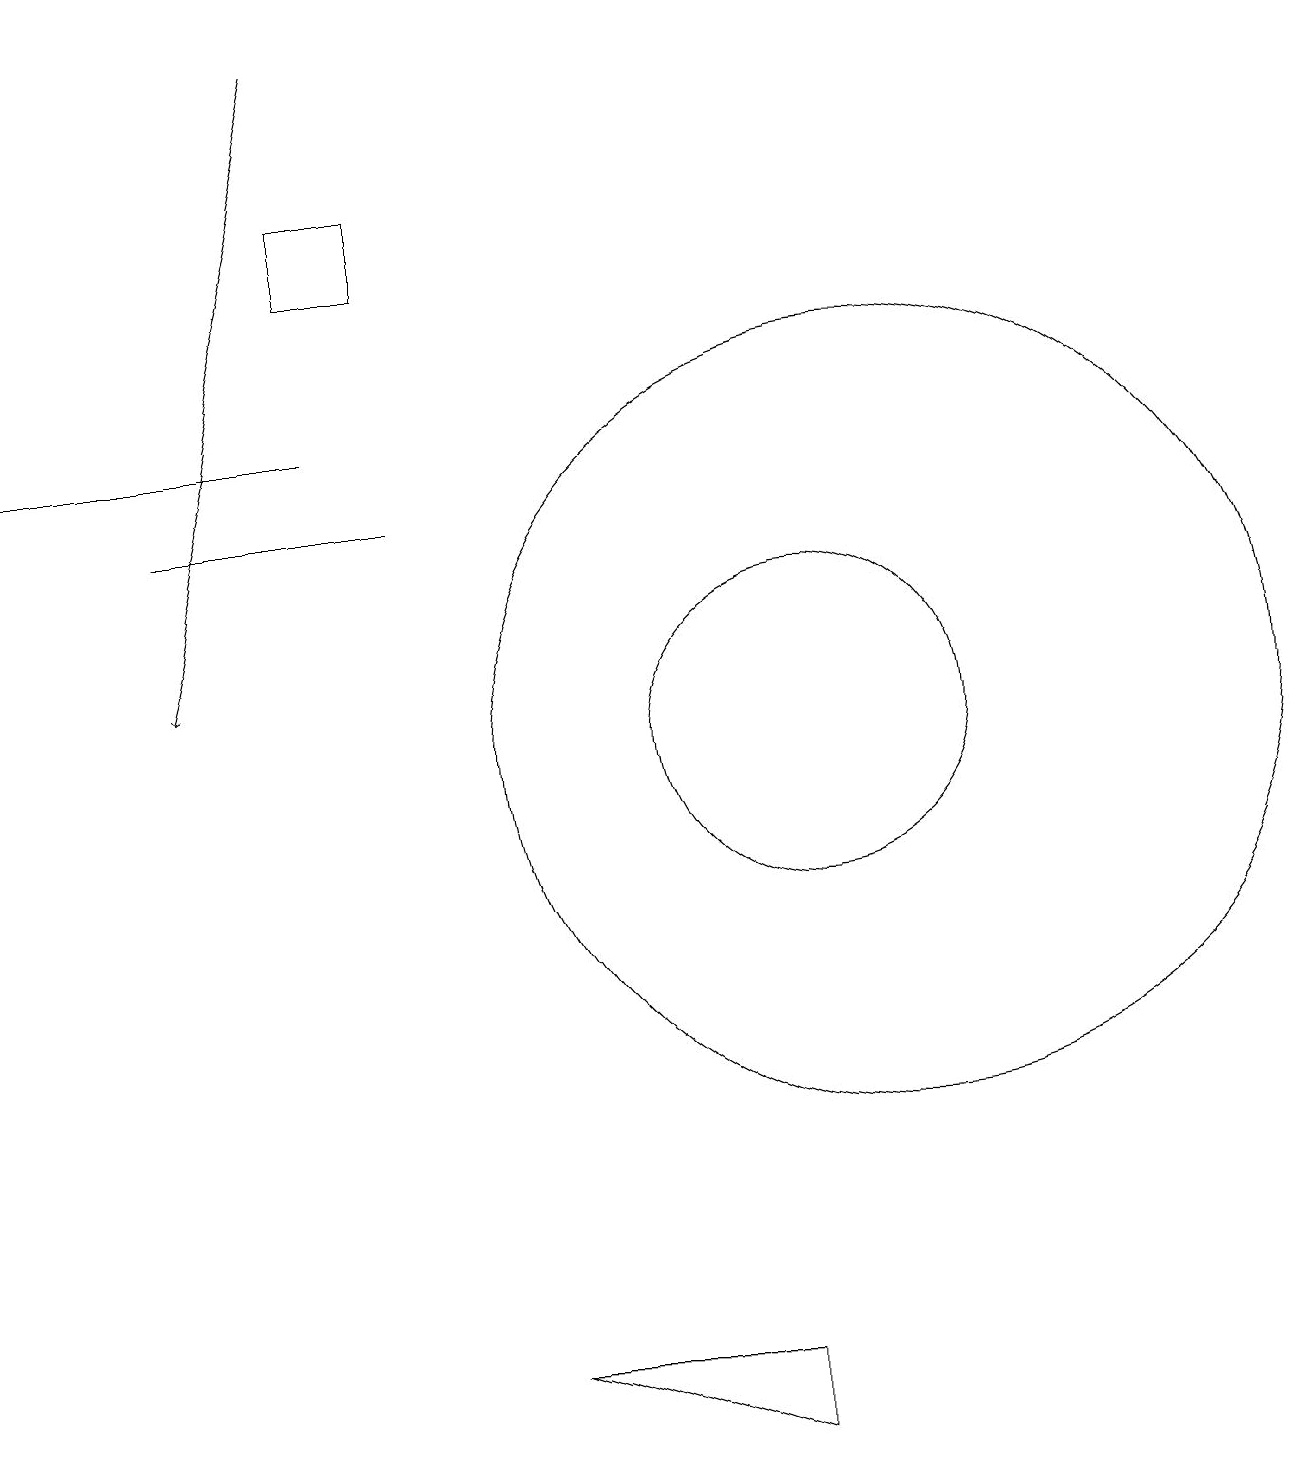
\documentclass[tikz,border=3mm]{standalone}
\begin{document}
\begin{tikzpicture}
\draw[->] (4,19) -- (2,11);
\draw (10,10) circle (2);
\draw (11,10) circle (5);
\draw (5,17) rectangle (4,16);
\draw (2,13) rectangle (5,13);
\draw[->] (4,14) -- (0,14);
\draw (6,2) -- (9,1) -- (9,2) -- cycle;
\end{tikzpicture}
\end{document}